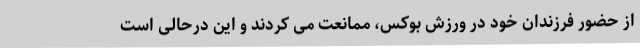
از حضور فرزندان خود در ورزش بوکس، ممانعت می کردند و این درحالی است